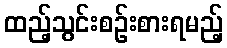
ထည့်သွင်းစဉ်းစားရမည့်